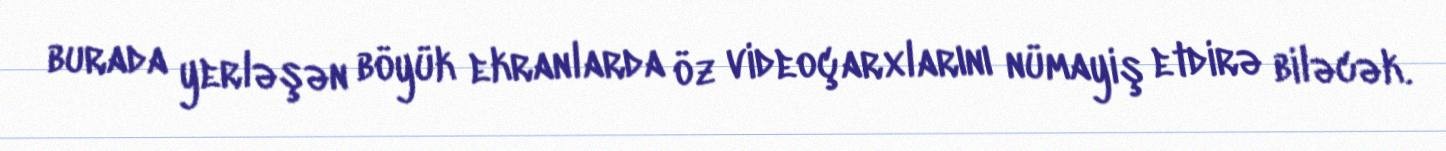
burada yerləşən böyük ekranlarda öz videoçarxlarını nümayiş etdirə biləcək.